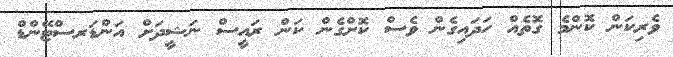
ވެރިކަން ކޮންމެ ގޮތެއް ހަދައިގެން ވެސް ކޮށްގެން ކަން ރައީސް ނަޝީދަށް އަންޑަރސްޓޭންޑް